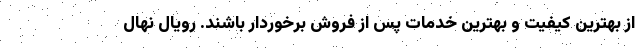
از بهترین کیفیت و بهترین خدمات پس از فروش برخوردار باشند. رویال نهال